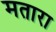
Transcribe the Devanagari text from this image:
मतारा